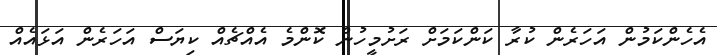
އެހެންކަމުން އަހަރެން ކުރާ ކަންކަމަށް ރަށުމީހުން ކޮންމެ އެއްޗެއް ކިޔަސް އަހަރެން އަޅައެއް